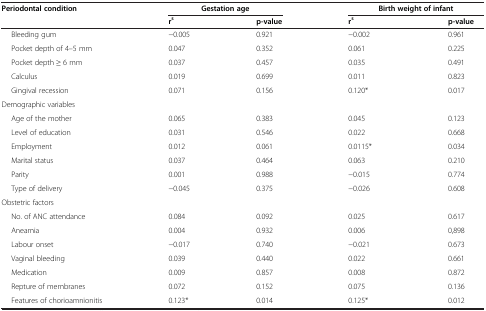
<table><thead><tr><td><b>Periodontal condition</b></td><td colspan="2"><b>Gestation age</b></td><td colspan="2"><b>Birth weight of infant</b></td></tr><tr><td><b> </b></td><td><b>r<sup>s</sup></b></td><td><b>p-value</b></td><td><b>r<sup>s</sup></b></td><td><b>p-value</b></td></tr></thead><tbody><tr><td>Bleeding gum</td><td>-0.005</td><td>0.921</td><td>-0.002</td><td>0.961</td></tr><tr><td>Pocket depth of 4–5 mm</td><td>0.047</td><td>0.352</td><td>0.061</td><td>0.225</td></tr><tr><td>Pocket depth ≥ 6 mm</td><td>0.037</td><td>0.457</td><td>0.035</td><td>0.491</td></tr><tr><td>Calculus</td><td>0.019</td><td>0.699</td><td>0.011</td><td>0.823</td></tr><tr><td>Gingival recession</td><td>0.071</td><td>0.156</td><td>0.120*</td><td>0.017</td></tr><tr><td>Demographic variables</td><td> </td><td> </td><td> </td><td> </td></tr><tr><td>Age of the mother</td><td>0.065</td><td>0.383</td><td>0.045</td><td>0.123</td></tr><tr><td>Level of education</td><td>0.031</td><td>0.546</td><td>0.022</td><td>0.668</td></tr><tr><td>Employment</td><td>0.012</td><td>0.061</td><td>0.0115*</td><td>0.034</td></tr><tr><td>Marital status</td><td>0.037</td><td>0.464</td><td>0.063</td><td>0.210</td></tr><tr><td>Parity</td><td>0.001</td><td>0.988</td><td>-0.015</td><td>0.774</td></tr><tr><td>Type of delivery</td><td>-0.045</td><td>0.375</td><td>-0.026</td><td>0.608</td></tr><tr><td>Obstetric factors</td><td> </td><td> </td><td> </td><td> </td></tr><tr><td>No. of ANC attendance</td><td>0.084</td><td>0.092</td><td>0.025</td><td>0.617</td></tr><tr><td>Aneamia</td><td>0.004</td><td>0.932</td><td>0.006</td><td>0,898</td></tr><tr><td>Labour onset</td><td>-0.017</td><td>0.740</td><td>-0.021</td><td>0.673</td></tr><tr><td>Vaginal bleeding</td><td>0.039</td><td>0.440</td><td>0.022</td><td>0.661</td></tr><tr><td>Medication</td><td>0.009</td><td>0.857</td><td>0.008</td><td>0.872</td></tr><tr><td>Repture of membranes</td><td>0.072</td><td>0.152</td><td>0.075</td><td>0.136</td></tr><tr><td>Features of chorioamnionitis</td><td>0.123*</td><td>0.014</td><td>0.125*</td><td>0.012</td></tr></tbody></table>